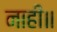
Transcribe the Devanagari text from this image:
नाहीं॥